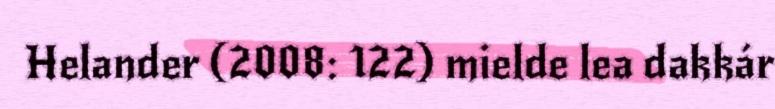
Helander (2008: 122) mielde lea dakkár